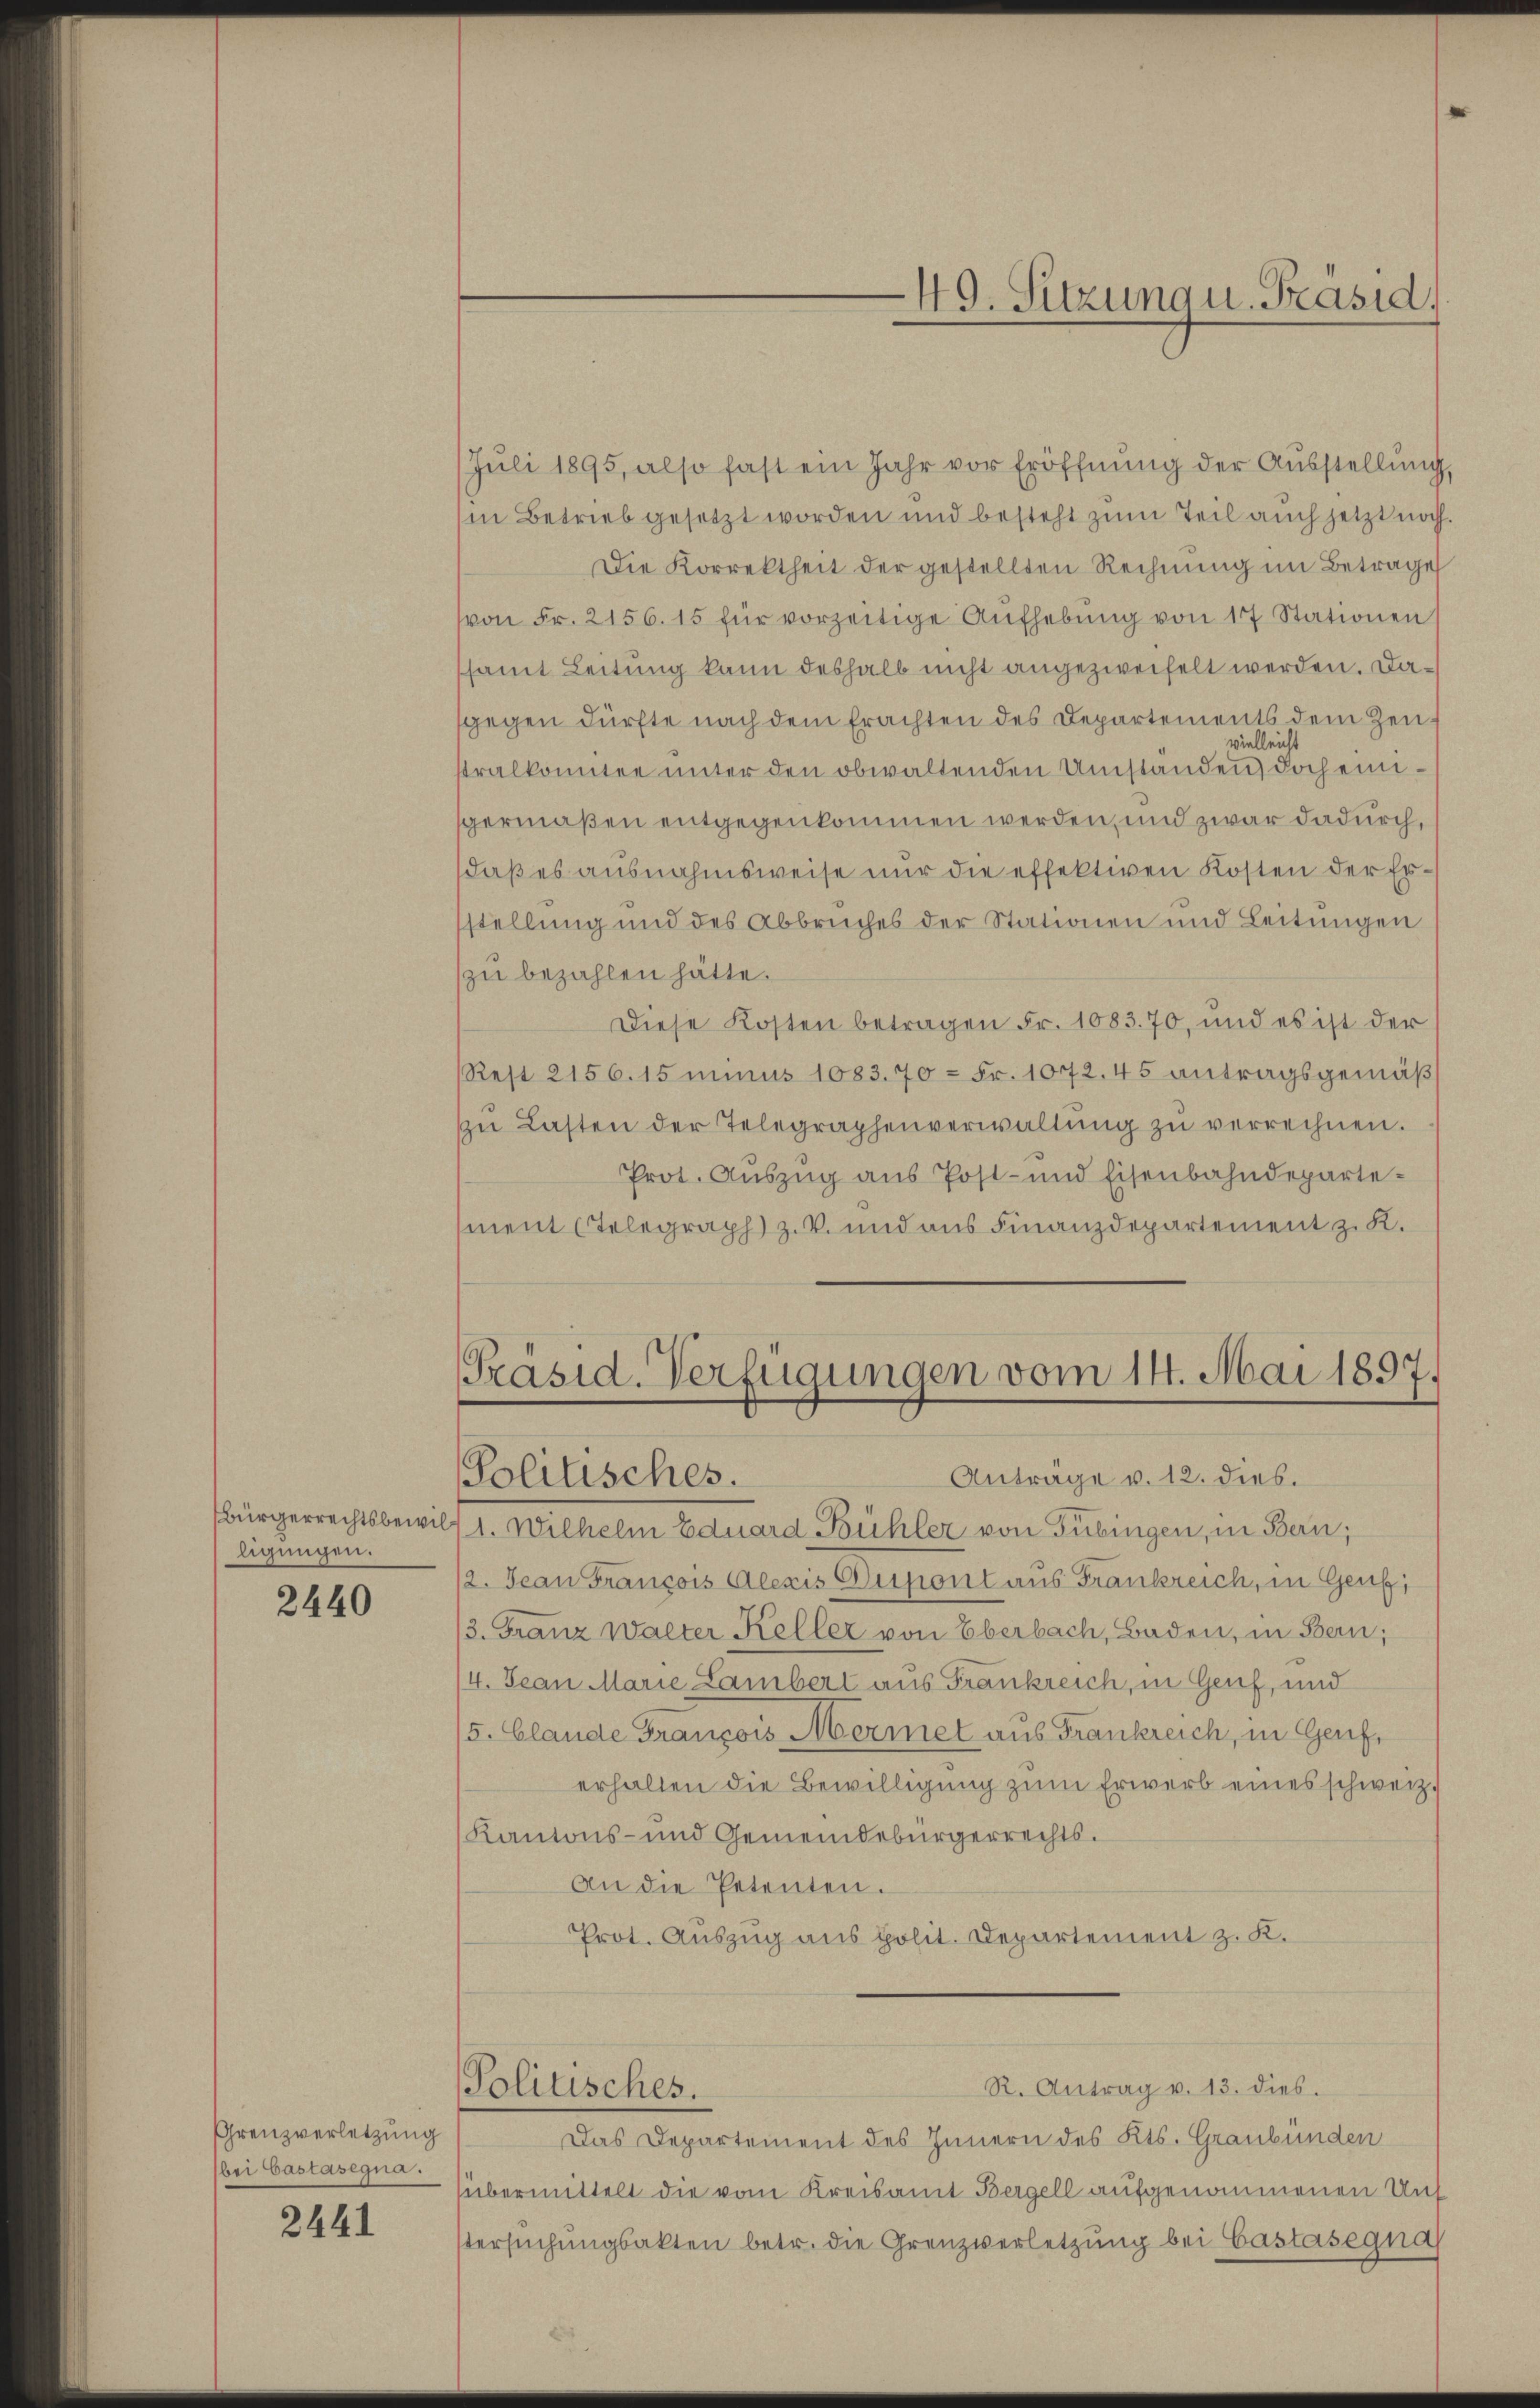
Bürgerrechtsbewil
ligungen.
2440

Grenzverletzung
bei Castasegna.

2441

Juli 1895, also fast ein Jahr vor Eröffnŭng der Ausstellŭng,
in Betrieb gesetzt worden und besteht zum Teil auch jetzt noch.
Die Korrektheit der gestellten Rechnung im Betrage
vvon Fr. 2156. 15 für vorzeitige Aufhebŭng von 17 Stationen
samt Leitung kann deshalb nicht angezweifelt werden. Dagegen dürfte nach dem Erachten des Departements dem Zei
vielleicht
stralkomitee unter den obwaltenden Umstanden doch einigermaßen entgegenkommen werden, und zwar dadurch,
daß es ausnahmsweise nur die effektiven Kosten der Erstellung und des Abbruches der Stationen und Leitungen
zu bezahlen hätte.
Diese Kosten betragen Fr. 1083. 70, und es ist der
Rest 2156. 15 minus 1083. 70 = Fr. 1072.45 antragsgemäß
ŭ Lasten der Telegraphenverwaltŭng zŭ verrechnen.
Prot. Auszug aus Post- und Eisenbahndepartement Telegraph z. V. und aus Finanzdepartement z. K.

Präsid. Verfügungen vom 14. Mai 1897.
Anträge v. 12. dies.
Politisches.

49. Setzung u. Präsid.

71. Wilhelm Eduard Bühler von Tübingen, in Bern;
12. Jean François Alexis Dupont aus Frankreich, in Genfi
3. Franz walter Keller von Eberbach, Baden, in Bern;
/4. Jean Marie Lambert aus Frankreich, in Genf, und
5. Glande Franzows Mermet aus Frankreich, in Genf,
erhalten die Bewilligŭng zŭm Erwerb eines schweiz.
Kantons- und Gemeindebürgerrechts¬
An die Petenten.
Prot. Auszug aus polit. Departement z. K.
R. Antrag v. 13. dies.
Politisches.
Das Departement des Innern des Kts. Graubünden
übermittelt die vom Kreisamt Bergell aufgenommenen Unf
stersŭchŭngsakten betr. die Grenzverletzung bei Castasegna